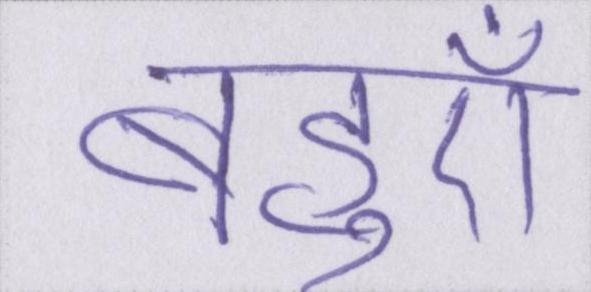
बहुएँ